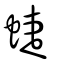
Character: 蜨